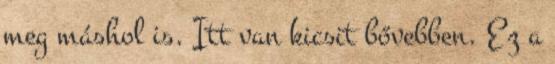
meg máshol is. Itt van kicsit bővebben. Ez a